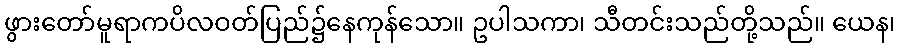
ဖွားတော်မူရာကပိလဝတ်ပြည်၌နေကုန်သော။ ဥပါသကာ၊ သီတင်းသည်တို့သည်။ ယေန၊